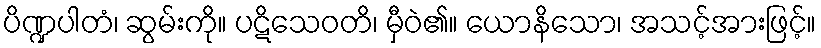
ပိဏ္ဍပါတံ၊ ဆွမ်းကို။ ပဋိသေဝတိ၊ မှီဝဲ၏။ ယောနိသော၊ အသင့်အားဖြင့်။